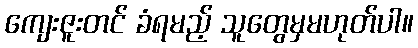
ကျေးဇူးတင် ခံရမည့် သူတွေမှမဟုတ်ပါ။